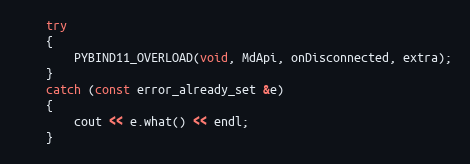
Language: C++
	try
	{
		PYBIND11_OVERLOAD(void, MdApi, onDisconnected, extra);
	}
	catch (const error_already_set &e)
	{
		cout << e.what() << endl;
	}